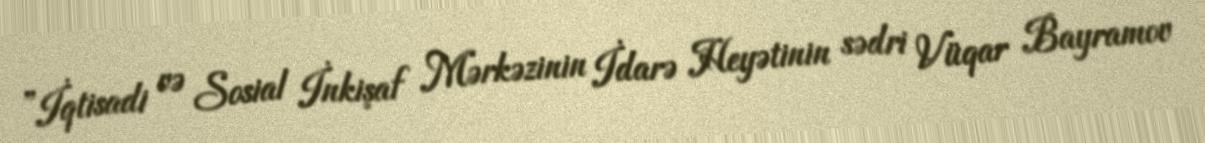
”İqtisadi və Sosial İnkişaf Mərkəzinin İdarə Heyətinin sədri Vüqar Bayramov